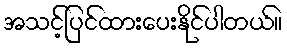
အသင့်ပြင်ထားပေးနိုင်ပါတယ်။